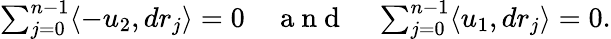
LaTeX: \begin{array}{r}{\sum_{j=0}^{n-1}\langle-u_{2},dr_{j}\rangle=0\quad\mathrm{~a~n~d~}\quad\sum_{j=0}^{n-1}\langle u_{1},dr_{j}\rangle=0.}\end{array}